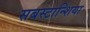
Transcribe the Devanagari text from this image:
सबस्टान्शिया